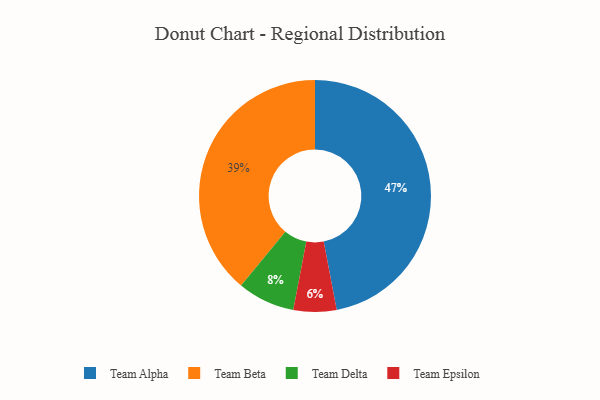
{"axis": {"x": "Category", "y": "Percentage"}, "legend": ["Team Alpha", "Team Beta", "Team Delta", "Team Epsilon"], "data": [{"x": "Team Beta", "y": 39, "type": "Team Beta"}, {"x": "Team Delta", "y": 8, "type": "Team Delta"}, {"x": "Team Epsilon", "y": 6, "type": "Team Epsilon"}, {"x": "Team Alpha", "y": 47, "type": "Team Alpha"}]}